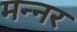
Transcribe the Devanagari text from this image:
मन्नर